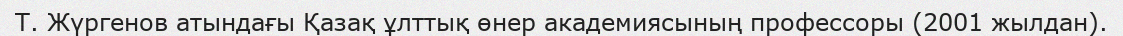
Т. Жүргенов атындағы Қазақ ұлттық өнер академиясының профессоры (2001 жылдан).